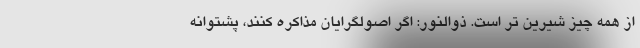
از همه چیز شیرین تر است. ذوالنور: اگر اصولگرایان مذاکره کنند، پشتوانه